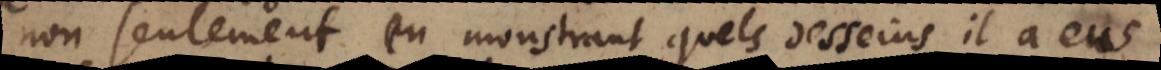
non seulement en monstrant quels desseins il a eus